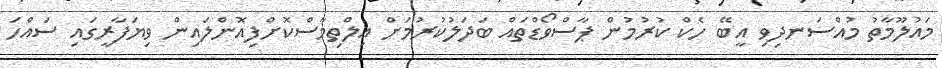
މައުލޫމާތު މުއްސަނދިވި އީބޭ ހެކް ކުރުމުން ޕާސްވޯޑްތައް ބަދަލުކުރުމަށް އިލްތިމާސްކޮށްފިއޮންލައިން ވިޔަފާރީގައި ސައްހަ